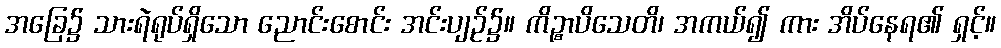
အခြေ၌ သားရဲရုပ်ရှိသော ညောင်းစောင်း အင်းပျဉ်၌။ ကိဉ္စာပိသေတိ၊ အကယ်၍ ကား အိပ်နေရ၏ ရှင့်။